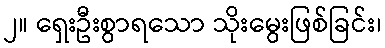
၂။ ရှေးဦးစွာရသော သိုးမွေးဖြစ်ခြင်း၊